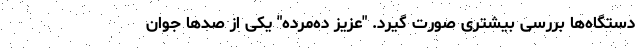
دستگاه‌ها بررسی بیشتری صورت گیرد. "عزیز ده‌مرده" یکی از صدها جوان